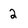
Character: 2